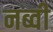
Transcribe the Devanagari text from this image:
नब्वी